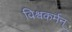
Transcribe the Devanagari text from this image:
विश्वकर्मन्‌